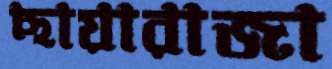
ছায়ারাজা